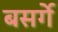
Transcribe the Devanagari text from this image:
बसर्गे